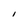
Character: I